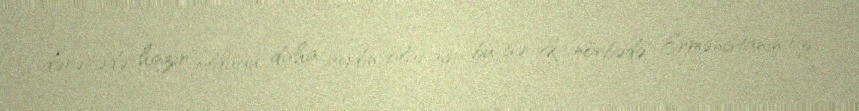
dərəcədə hazır olduğu daha aydın olacaq, bu isə ilk növbədə Ermənistanın öz